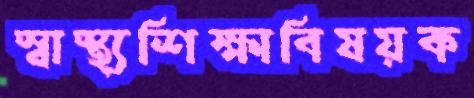
স্বাস্থ্যশিক্ষাবিষয়ক